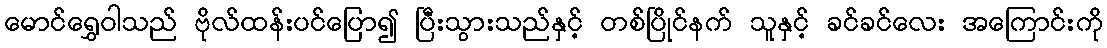
မောင်ရွှေဝါသည် ဗိုလ်ထန်းပင်ပြော၍ ပြီးသွားသည်နှင့် တစ်ပြိုင်နက် သူနှင့် ခင်ခင်လေး အကြောင်းကို